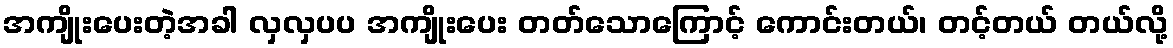
အကျိုးပေးတဲ့အခါ လှလှပပ အကျိုးပေး တတ်သောကြောင့် ကောင်းတယ်၊ တင့်တယ် တယ်လို့